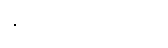
နိုင်သည့်အတွက်